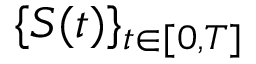
\{ S ( t ) \} _ { t \in [ 0 , T ] }